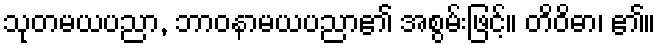
သုတမယပညာ, ဘာဝနာမယပညာ၏ အစွမ်းဖြင့်။ တိဝိဓာ၊ ၏။